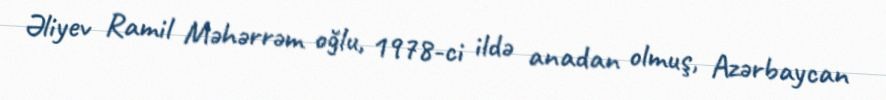
Əliyev Ramil Məhərrəm oğlu, 1978-ci ildə anadan olmuş, Azərbaycan